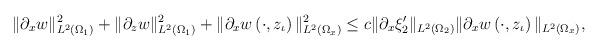
LaTeX: \begin{align*}\|\partial_xw\|^2_{L^2\left(\Omega_1\right)}+\|\partial_zw\|^2_{L^2\left(\Omega_1\right)}+\|\partial_xw\left(\cdot,z_\iota\right)\|^2_{L^2\left(\Omega_x\right)}\leq c \|\partial_x\xi_2^\prime\|_{L^2\left(\Omega_2\right)}\|\partial_xw\left(\cdot,z_\iota\right)\|_{L^2\left(\Omega_x\right)},\end{align*}